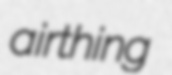
airthing